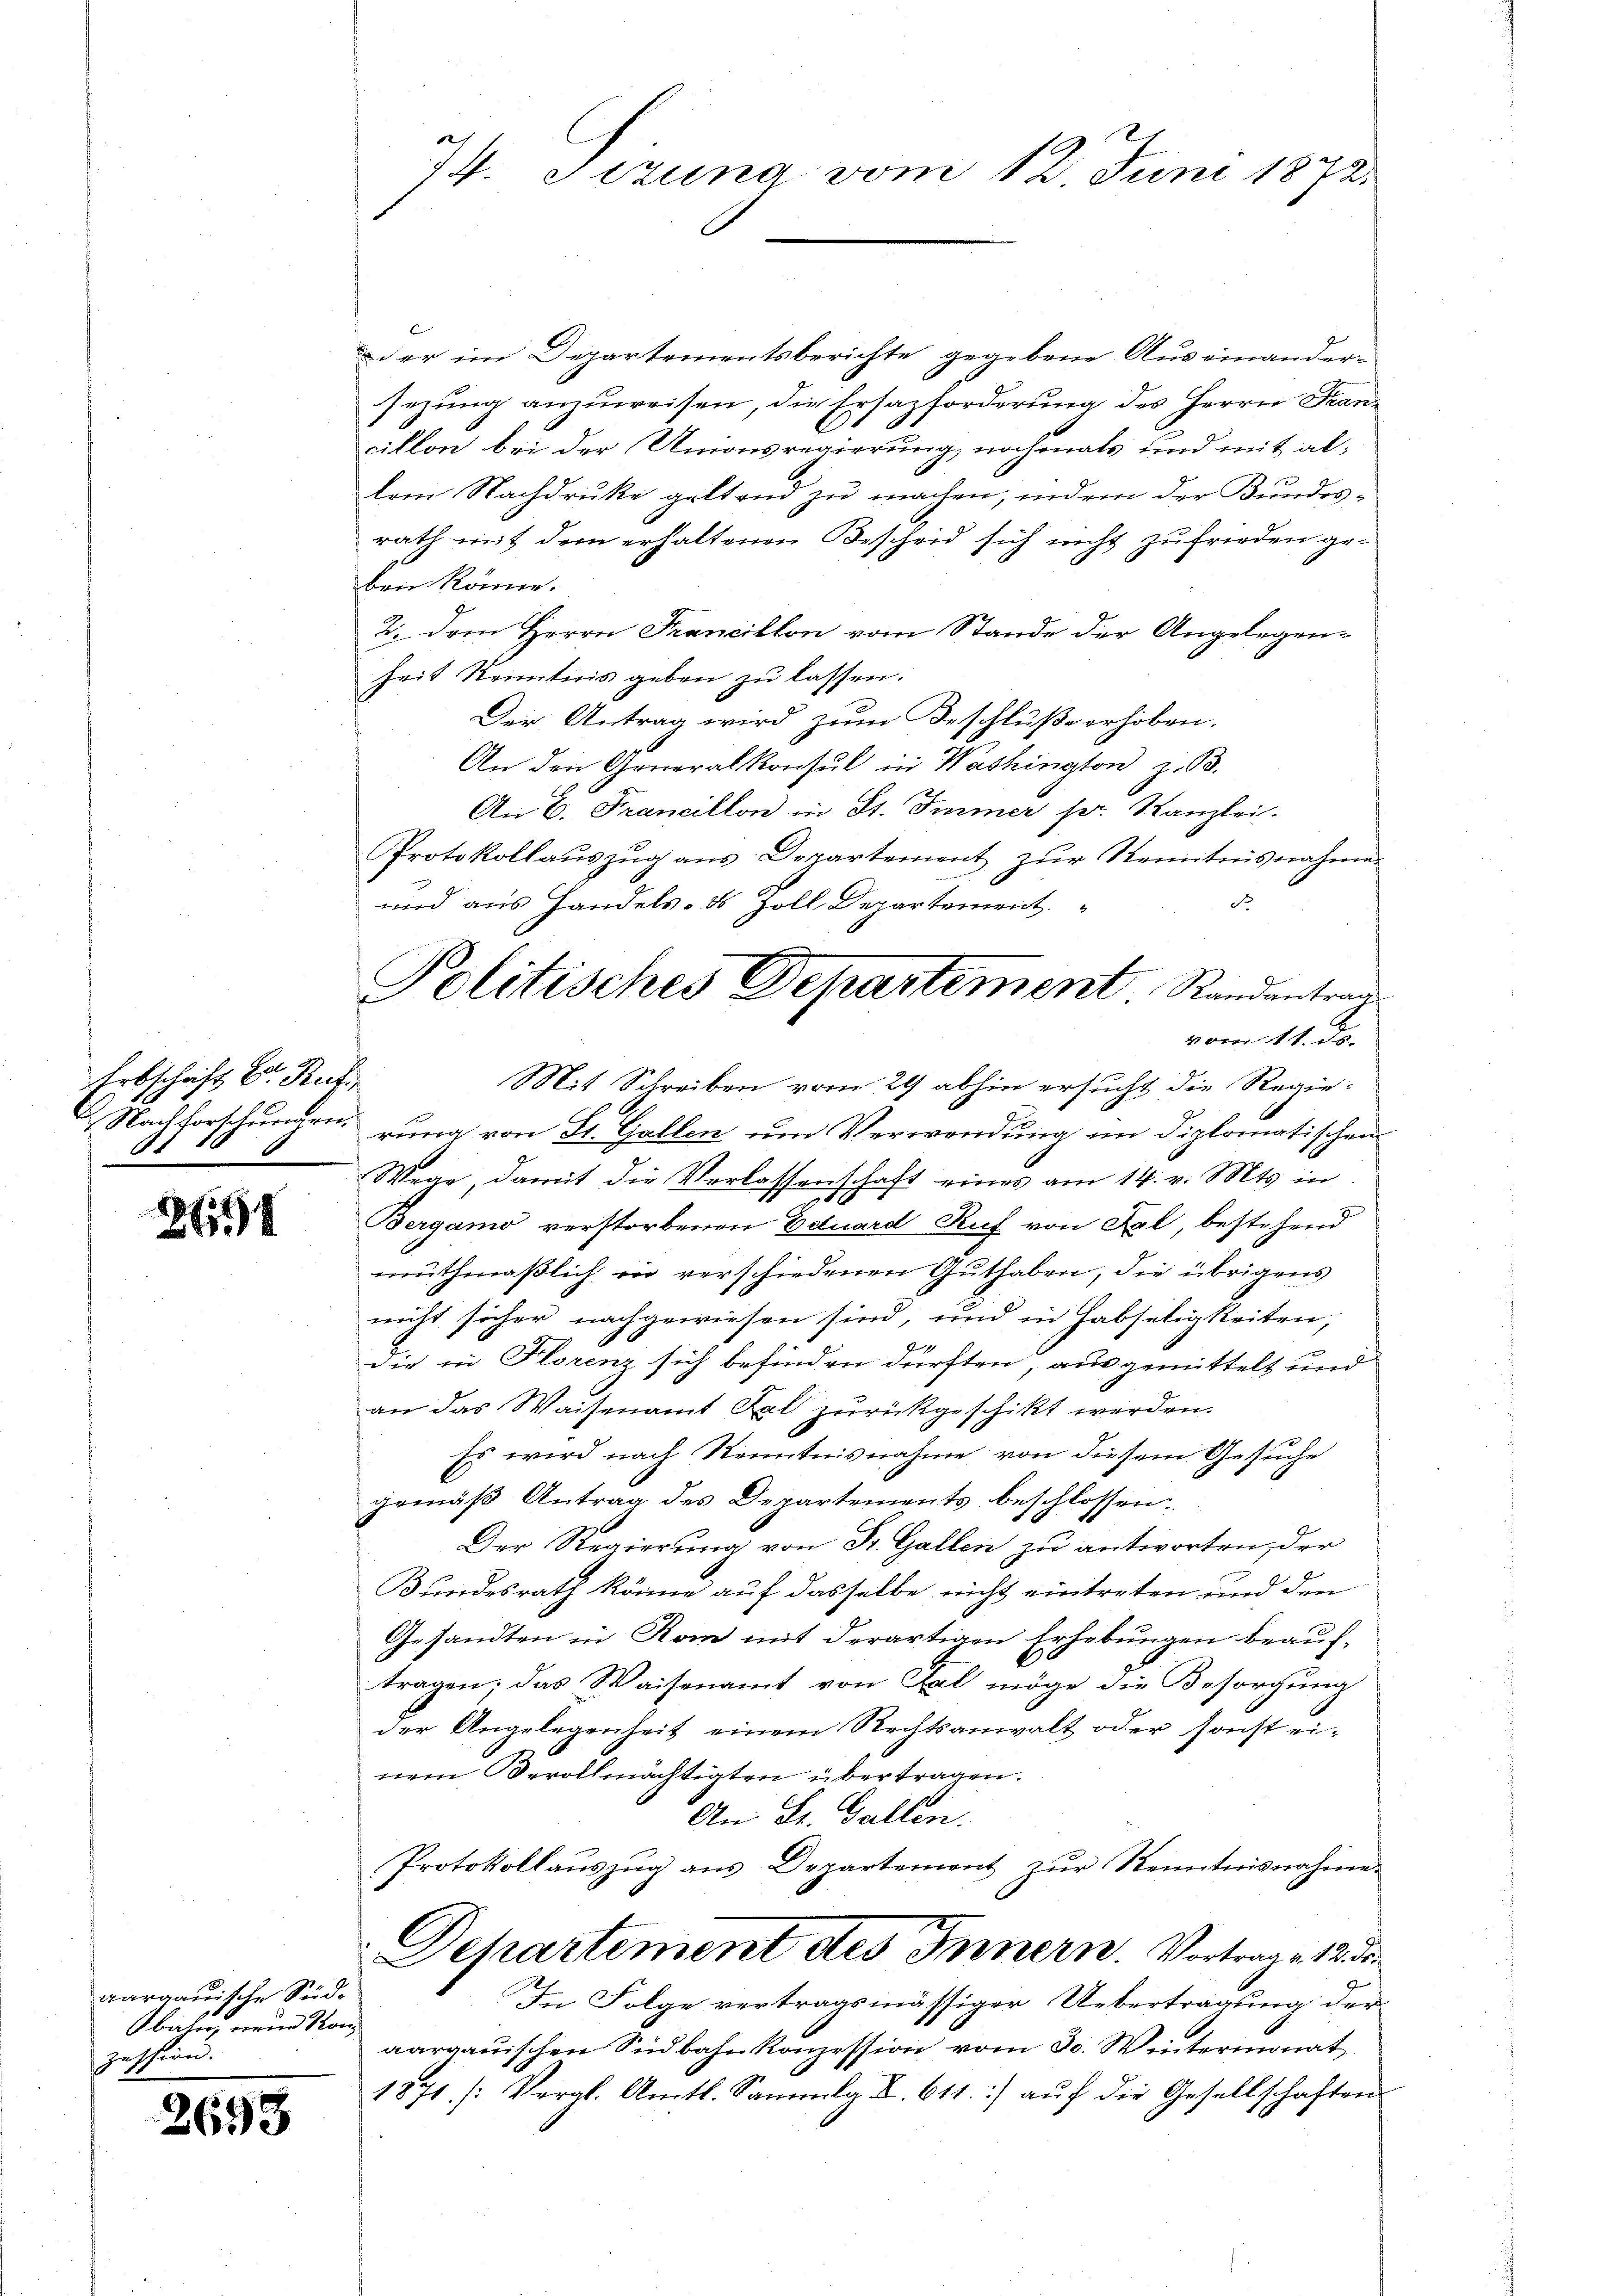
Erbschaft Dr. Ruf

258

aargauische Südbahn, neue Stan
zession.

2698

74. Sizung vom 12. Juni 1872

der im Departementsberichte gegebene Auseinander-
sezung anzuweisen, die Ersazforderung des Herrn Francillon bei der Unionsregierung, nochmals und mit al-
lem Nachdruke geltend zu machen, indem der Bundes-
rath mit dem erhaltenen Bescheid sich nicht zufrieden geben könne.
2. dem Herrn Francillon vom Stande der Angelegenheit kenntnis geben zŭ lassen.
Der Antrag wird zum Beschluße erhoben.
An den Generalkonsul in Washington z. B.
An 6. Francillon in St. Immer sr. Kanzlei.
Protokollaŭszŭg ans Departement zŭr Kenntnisnahme
do
und aus Handels- & Zoll, Departement
Mit Schreiben vom 29 abhin ersucht die Regie¬
& Nachforschungen rung von St. Gallen um Verwendung im Diplomatischen
Wege, damit die Verlassenschaft eines am 14. v. Mts. in
Bergamo verstorbenen Eduard Ruf von Kal, bestehend
muthmaßlich in verschiedenen Guthaben, die übrigens
nicht sicher nachgewiesen sind, und in Habseligkeiten,
fe
die in Florenz sich befinden dürften, aus gemittelt und
an das Waisenamt Kal zurückgeschikt werden.
Es wird nach Kenntnisnahme von diesem Gesuche
gemäβ Antrag des Departements beschlossen
Der Regierung von Dr. Gallen zu antworten, der
Bundesrath könne auf dasselbe nicht eintreten und den
Gesandten in Rom mit derartigen Erhebungen beauftragen; das Waisenamt von Fal möge die Besorgung
der Angelegenheit einem Rechtsanwalt oder sonst einem Berollmächtigten übertragen.
An St. Gallen.
Protokollauszug aus Departement zur Kenntnisnahme
Dehartement des Innern. Vortrage 12 de
In Folge vertragsmässiger Uebertragung der
aargauischen Südbahnkonzession vom 30. Wintermonat
1871 (Vergl. Amtl. Sammlg. B. 611.] auf die Gesellschaften

Politisches Departement, Randantrag
vom 11. d.